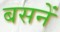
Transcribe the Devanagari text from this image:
बसनें